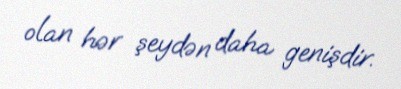
olan hər şeydən daha genişdir.